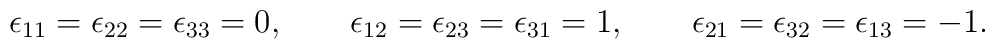
\epsilon_{11}=\epsilon_{22}=\epsilon_{33}=0,\qquad\epsilon_{12}=\epsilon_{23}=\epsilon_{31}=1,\qquad \epsilon_{21}=\epsilon_{32}=\epsilon_{13}=-1.